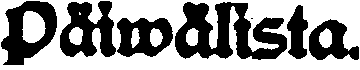
Päiwälista.